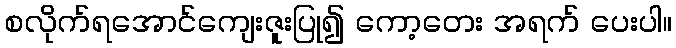
စလိုက်ရအောင်ကျေးဇူးပြု၍ ကော့တေး အရက် ပေးပါ။